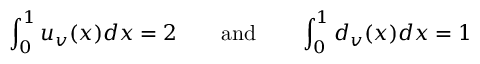
\int _ { 0 } ^ { 1 } u _ { v } ( x ) d x = 2 \qquad \mathrm { a n d } \qquad \int _ { 0 } ^ { 1 } d _ { v } ( x ) d x = 1